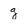
Character: g